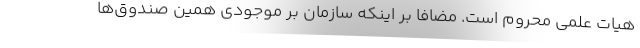
هیات علمی محروم است. مضافاً بر اینکه سازمان بر موجودی همین صندوق‌ها